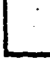
L